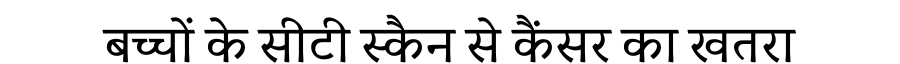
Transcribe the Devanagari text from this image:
बच्चों के सीटी स्कैन से कैंसर का खतरा